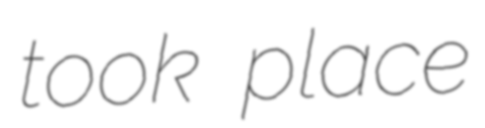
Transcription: took place